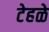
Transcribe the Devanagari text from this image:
टेहळे